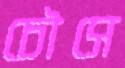
চৌসে